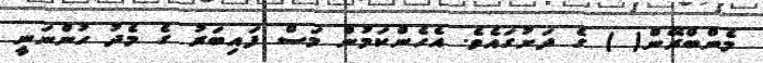
މެންބްރޭން( ) ގެ ދަށުގައެވެ. އެހެންކަމުން މަސް ފައިބަރު ގެ މެދު ހުންނަނީ